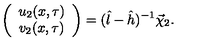
\left( \begin{array} { c } { u _ { 2 } ( x , \tau ) } \\ { v _ { 2 } ( x , \tau ) } \\ \end{array} \right) = ( \hat { l } - \hat { h } ) ^ { - 1 } \vec { \chi } _ { 2 } .